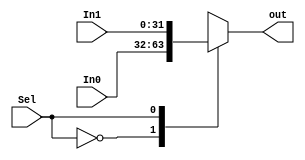
`timescale 1ns / 1ps
//////////////////////////////////////////////////////////////////////////////////
// Company: 
// Engineer: 
// 
// Design Name: 
// Module Name:    twox1_32bit 
// Project Name: 
// Target Devices: 
// Tool versions: 
// Description: 
//
// Dependencies: 
//
// Revision: 
// Revision 0.01 - File Created
// Additional Comments: 
//
//////////////////////////////////////////////////////////////////////////////////
module twox1_32bit(In0,In1,Sel,out
    );
	 
input [31:0] In0,In1;
input Sel;
output [31:0] out;

reg [31:0] out;

always @(In0 or In1 or Sel)
begin
case(Sel)
0: out <= In0;
1: out <= In1;
default: out<= 32'hxxxxxxxx;
endcase
end


endmodule